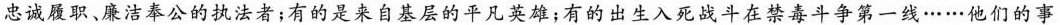
忠诚履职、廉洁奉公的执法者；有的是来自基层的平凡英雄；有的出生入死战斗在禁毒斗争第一线……他们的事